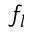
f _ { l }